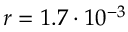
r = 1 . 7 \cdot 1 0 ^ { - 3 }